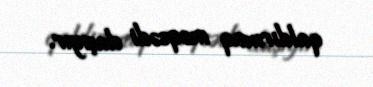
qaldırmaq məqsədi daşıyır.